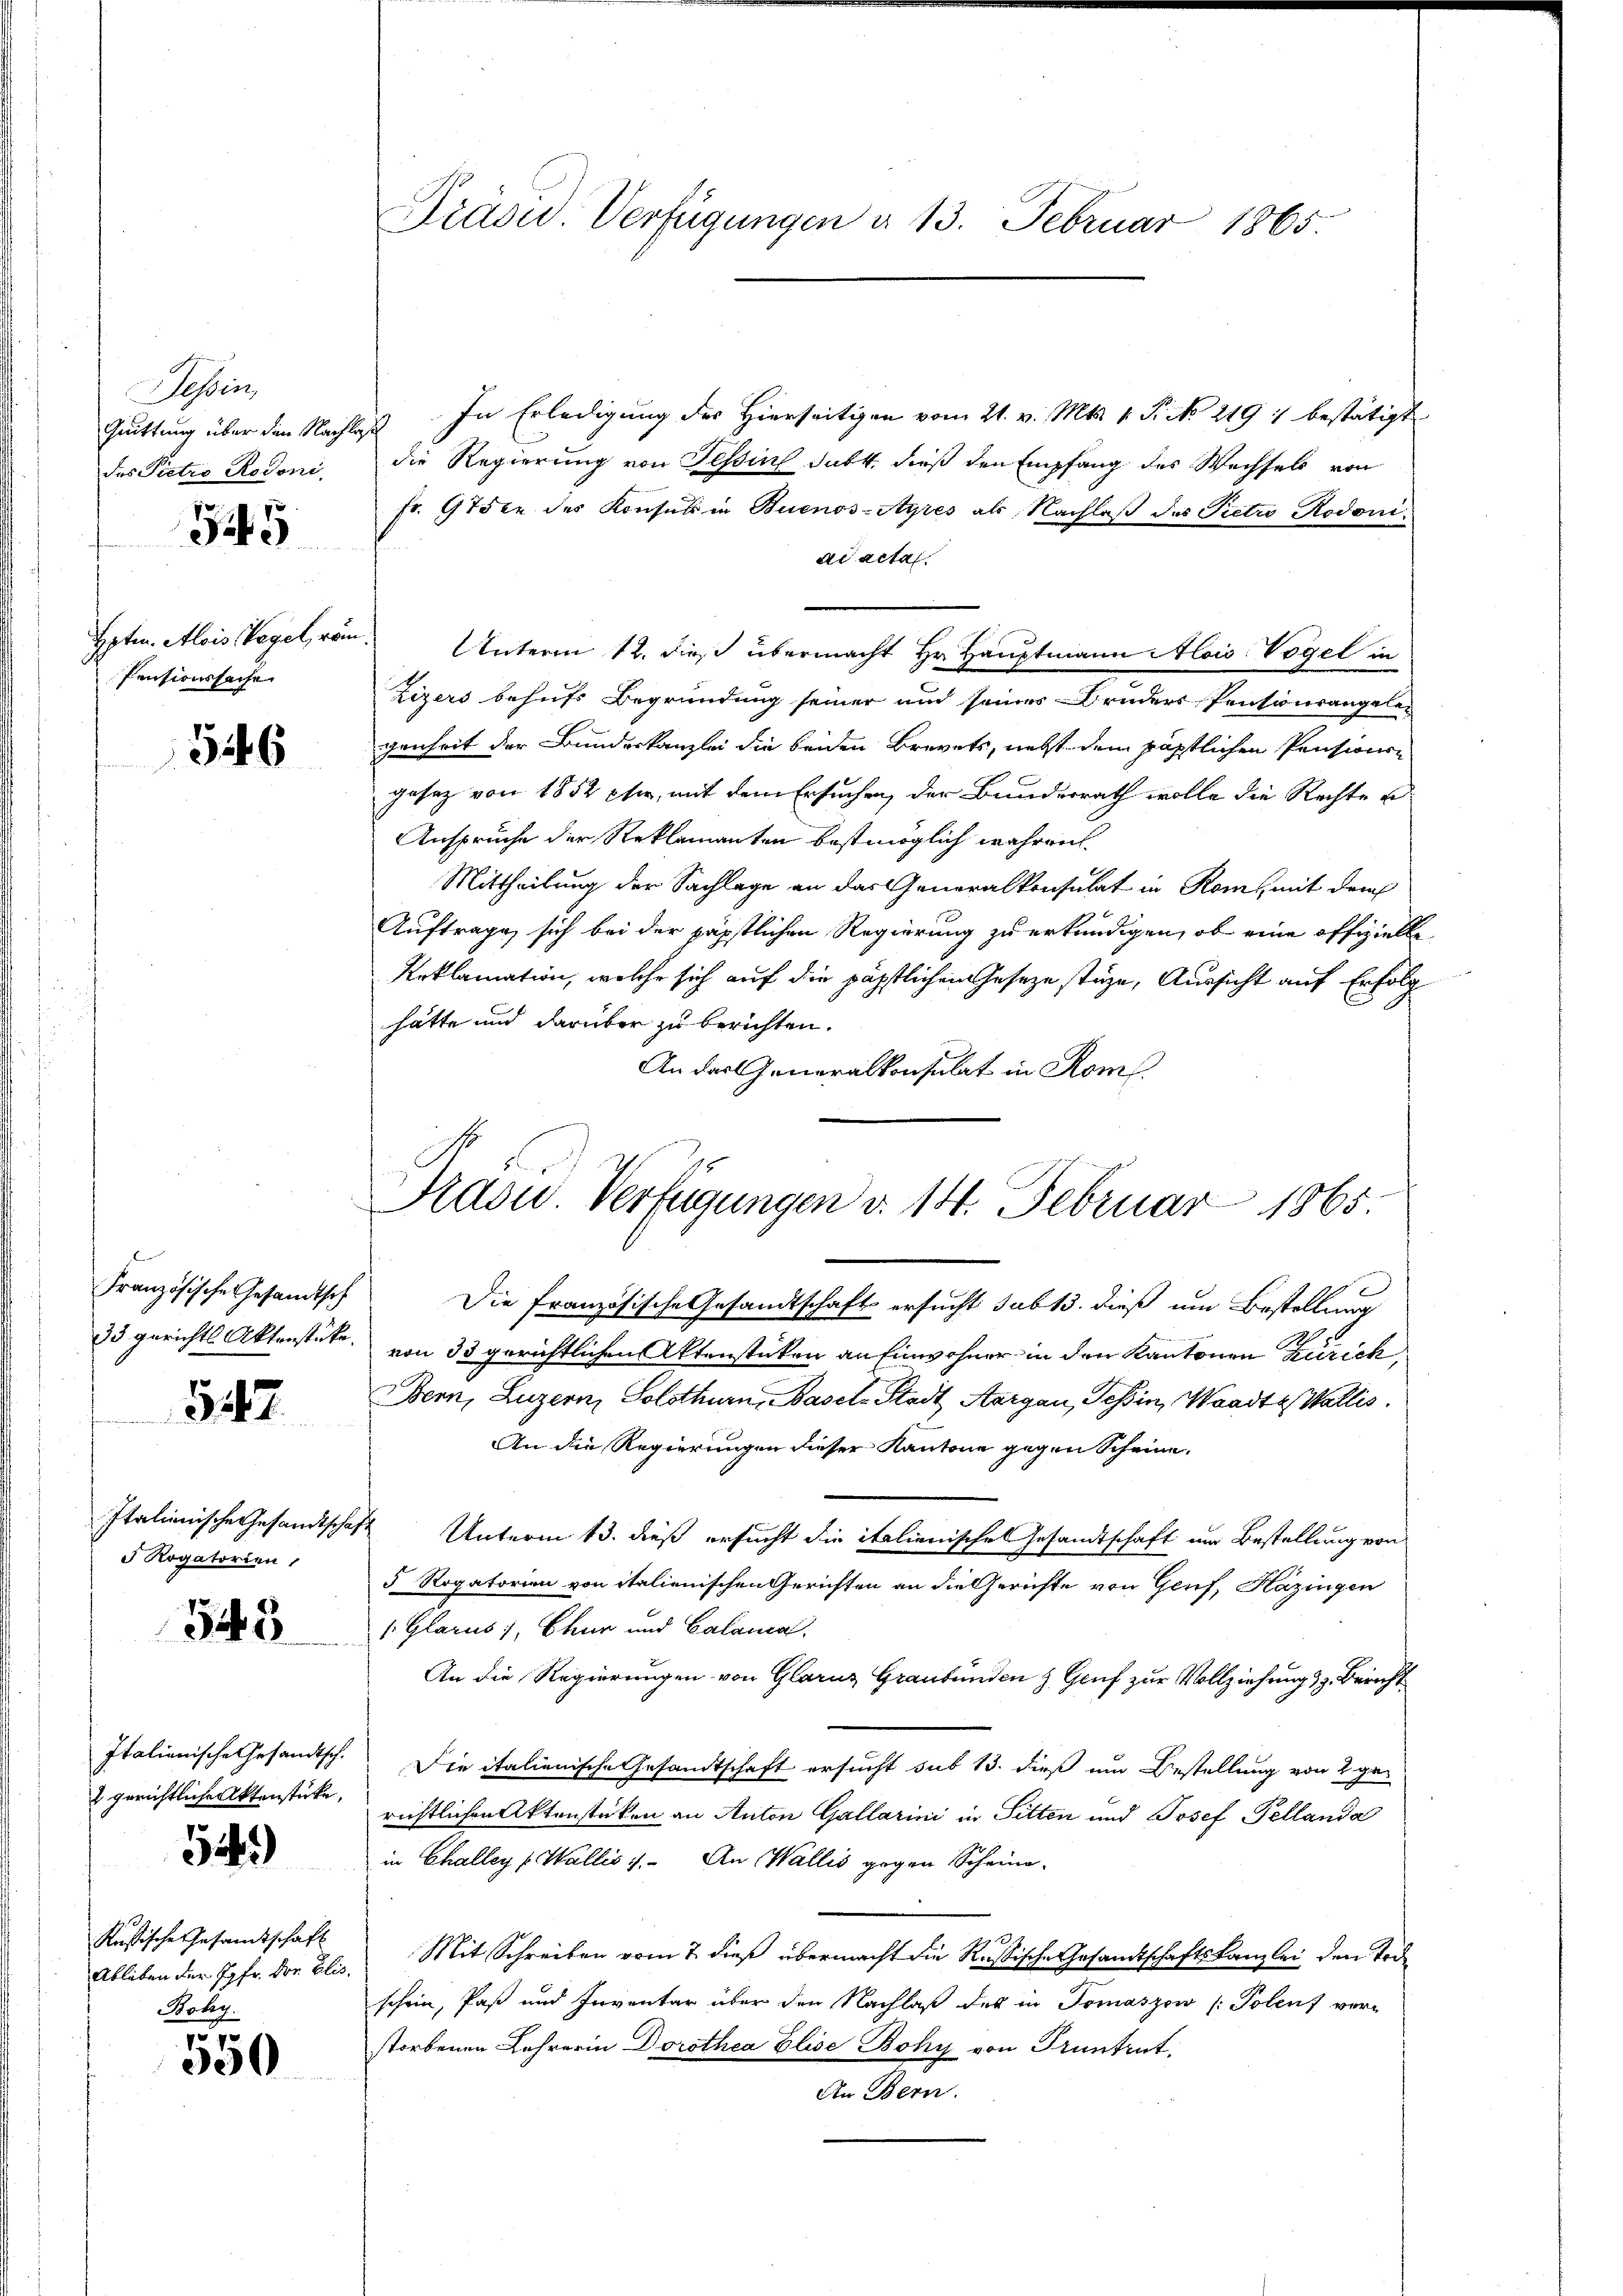
Tessin,
des Pietro Rodoni.
345

Pensionssache |

346

Französische Gesandtsch
33 gerichts Aktenstücke.

542

Italienische Gesandtschaf
 Rogatorien,

345

Italienische Gesandtsch.
 gerichtliche Aktenstücke,

549)

Russische Gesamtschaft
Ableben der Jgfr. Der Elis.
Böhy.

e
550

Präsid. Verfügungen d. 13. Februar 1865.

Frasu. Verfügungen d. 14. Februar 1865.

Quittung über den Nachlass. In Erledigung der Hierseitigen vom 21. v. Mts. 1. Fr. No 219 1 bestätigt
die Regierung von Tessin subt. dieß den Empfang des Wechsels von
fr. 975 xr des Konsul in Buenos-Ayres als Nachlaß des Pietro Rodoniad acta
Hpten. Alois Vogel, von Unterm 12. dieß übermacht Hr. Hauptmann Alois Vogel in
Zizers behufs Begründung seiner und seines Bruders Pensionsangelegenheit der Bundeskanzlei die beiden Brevets, nebst dem päpstlichen Pensionsgesetz von 1852 ptr., mit dem Ersuchen, der Bunderrath wolle die Rechte
Ansprüche der Reklamanten bestmöglich währen.
Mittheilung der Sachlage an das Generalkonsulat in Rom mit der
Auftrage, sich bei der päpstlichen Regierung zu erkundigen, ob eine offizielle
Reklamation, welche sich auf die päpstlichen Geseze stehe, Aussicht auf Erfolg
hätte und darüber zu berichten.
An das Generalkonsulat in Rom.
Die französische Gesandtschaft ersucht sub 13. dieß um Bestellung
von 33 gerichtlichen Aktenstücken an Einwohner in den Kantonen Zürich
Bern, Luzern, Solothurn, Basel-Stadt Aargau, Tessin, Waadt & Wallis.
An die Regierungen dieser Kantone gegen Scheine
1 Unterm 13. dieß ersucht die italienische Gesandtschaft im Bestellung von
5 Rogatorien von italienischen Gerichten an die Gerichte von Genf, Hazingen
1 Glarus), Chur und Calama
An die Regierungen von Glarus Graubünden z. Genf zur Vollziehung z. Bericht
Die italienische Gesandtschaft ersucht sub 13. dieß um Bestellung von 2 gro
richtlichen Aktenstücken an Anton Gallarini in Sitten und Josef Pellanda
in Challey Wallis 1. An Wallis gegen Scheine
d
Mit Schreiben vom 7. dieß übermacht die Russische Gesandtschaftskanzlei den Tode
schein, Paß und Inventar über den Nachlaß des in Tomaszow (Polenz verstorbenen Lehrerin Dorothea Elise Boky von Truntrut.
An Bern.